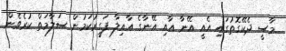
މާސީ ދެކޭގޮތުގައި އެއީ އޭނާ އާއި އޭނާގެ އާއިލާ ފަގީރުކަމުން ސަލާމަތް ކުރެވެން